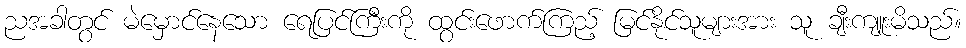
ညအခါတွင် မဲမှောင်နေသော ရေပြင်ကြီးကို ထွင်းဖောက်ကြည့် မြင်နိုင်သူများအား သူ ချီးကျူးမိသည်။